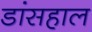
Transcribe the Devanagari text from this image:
डांसहाल